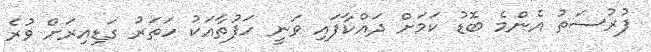
ފުރުސަތު އެންމެ ބޮޑު ކަމަށް ދައްކާފައި ވަނީ ހަފުތާއަކު ހަތަރު ގަޑިއިރަށް ވުރެ